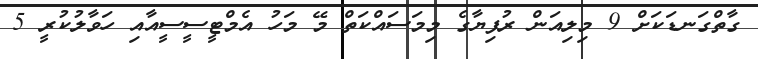
ގާތްގަނޑަކަށް 9 މިލިއަން ރުފިޔާގެ މިމަސައްކަތް މޭ މަހު އެމްޓީސީސީއާއި ހަވާލުކުރީ 5